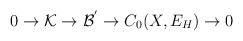
LaTeX: \begin{align*}0 \rightarrow {\cal K} \rightarrow {\cal B^{'}} \rightarrow C_{0}(X , E_{H})\rightarrow 0\end{align*}